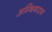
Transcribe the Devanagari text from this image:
अम्बिगराम